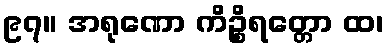
၉၇။ အရုဏော ကိဉ္စိရတ္တော ထ၊